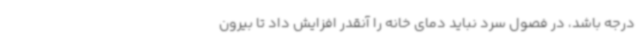
درجه باشد، در فصول سرد نباید دمای خانه را آنقدر افزایش داد تا بیرون